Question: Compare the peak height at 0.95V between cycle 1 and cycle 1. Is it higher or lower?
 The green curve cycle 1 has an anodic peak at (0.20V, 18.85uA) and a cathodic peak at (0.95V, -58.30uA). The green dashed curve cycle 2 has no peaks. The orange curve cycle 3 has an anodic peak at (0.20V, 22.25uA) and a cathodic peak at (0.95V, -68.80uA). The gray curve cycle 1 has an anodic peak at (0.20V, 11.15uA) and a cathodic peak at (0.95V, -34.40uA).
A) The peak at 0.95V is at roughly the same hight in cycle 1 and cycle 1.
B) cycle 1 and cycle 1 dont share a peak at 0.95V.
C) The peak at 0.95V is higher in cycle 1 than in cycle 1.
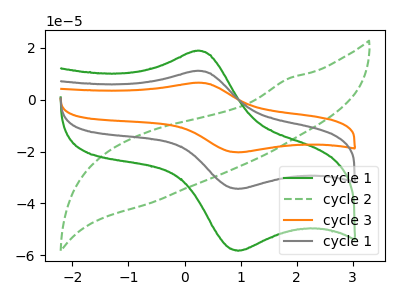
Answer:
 <answer>C) The peak at 0.95V is higher in "cycle 1" than in "cycle 1".</answer>
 <eval>C</eval>